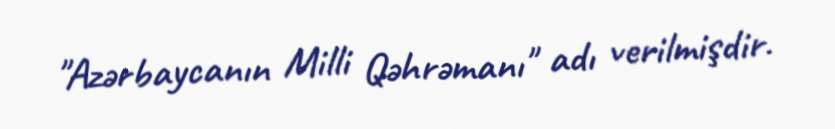
"Azərbaycanın Milli Qəhrəmanı" adı verilmişdir.